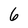
Character: 6